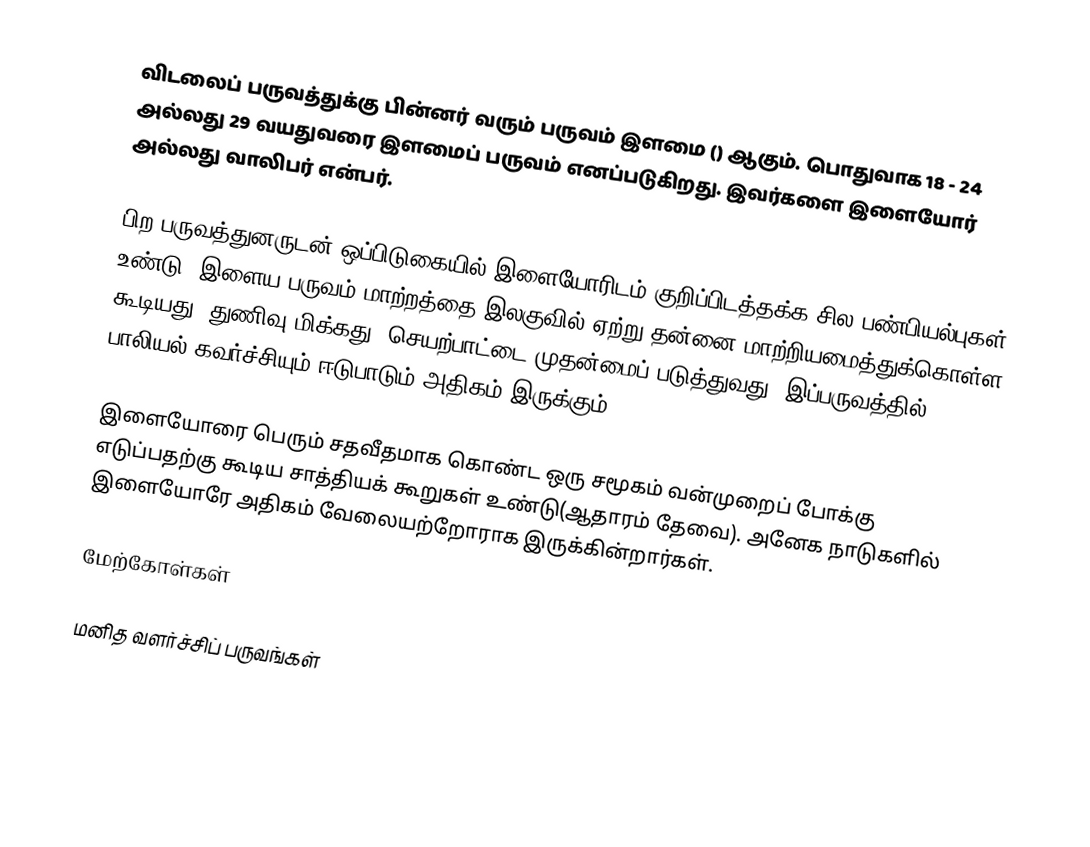
விடலைப் பருவத்துக்கு பின்னர் வரும் பருவம் இளமை () ஆகும்.  பொதுவாக 18 - 24 அல்லது 29 வயதுவரை இளமைப் பருவம் எனப்படுகிறது.  இவர்களை இளையோர் அல்லது வாலிபர் என்பர்.

பிற பருவத்துனருடன் ஒப்பிடுகையில் இளையோரிடம் குறிப்பிடத்தக்க சில பண்பியல்புகள் உண்டு.  இளைய பருவம் மாற்றத்தை இலகுவில் ஏற்று தன்னை மாற்றியமைத்துக்கொள்ள கூடியது, துணிவு மிக்கது, செயற்பாட்டை முதன்மைப் படுத்துவது.  இப்பருவத்தில் பாலியல் கவர்ச்சியும் ஈடுபாடும் அதிகம் இருக்கும்.

இளையோரை பெரும் சதவீதமாக கொண்ட ஒரு சமூகம் வன்முறைப் போக்கு எடுப்பதற்கு கூடிய சாத்தியக் கூறுகள் உண்டு(ஆதாரம் தேவை).  அனேக நாடுகளில் இளையோரே அதிகம் வேலையற்றோராக இருக்கின்றார்கள்.

மேற்கோள்கள்

மனித வளர்ச்சிப் பருவங்கள்